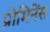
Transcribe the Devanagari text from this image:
प्रोमिनेंस